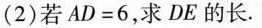
(2) 若$$A D = 6$$，求DE的长.